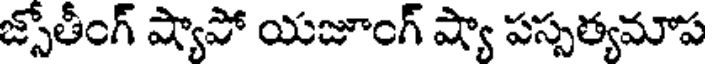
జ్సోతీంగ్ ష్యాపో యజూంగ్ ష్యా పస్సత్యమాప